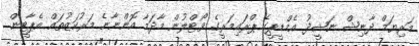
މަރިޔަމް ދާނިޝް ނަޝީދު އެމްޑީޕީގެ ޕްރައިމަރީގެ ވޯޓްލުން މާދަމާ އޮންނާނެ މަރުކަޒުތައް އެޕާޓީން